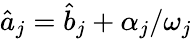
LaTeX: \hat{a}_{j}=\hat{b}_{j}+\alpha_{j}/\omega_{j}